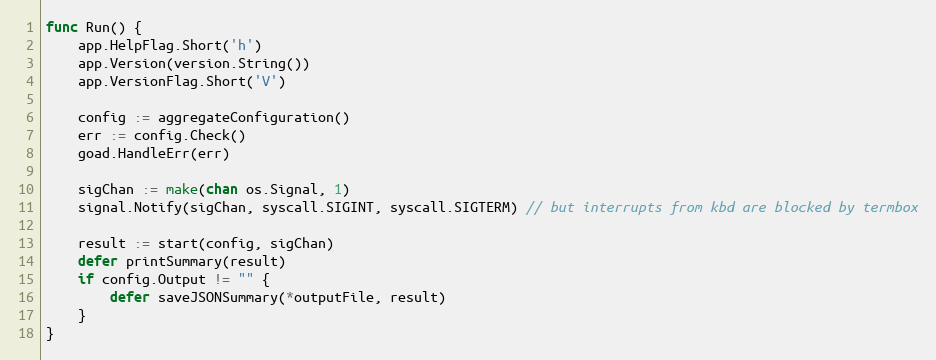
Language: Go
func Run() {
	app.HelpFlag.Short('h')
	app.Version(version.String())
	app.VersionFlag.Short('V')

	config := aggregateConfiguration()
	err := config.Check()
	goad.HandleErr(err)

	sigChan := make(chan os.Signal, 1)
	signal.Notify(sigChan, syscall.SIGINT, syscall.SIGTERM) // but interrupts from kbd are blocked by termbox

	result := start(config, sigChan)
	defer printSummary(result)
	if config.Output != "" {
		defer saveJSONSummary(*outputFile, result)
	}
}